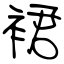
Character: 裙